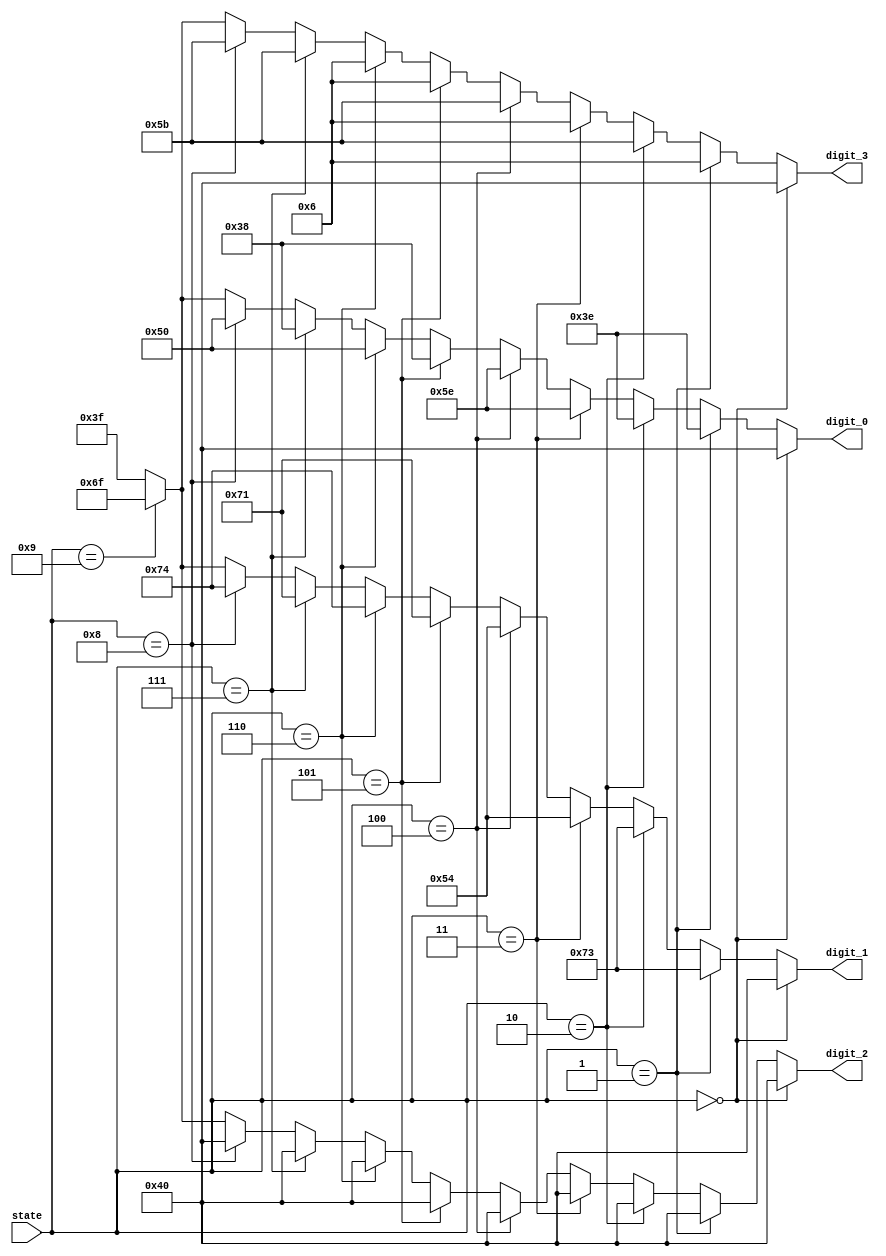
module konamicoder (
  digit_0,
  digit_1,
  digit_2,
  digit_3,
  state
  );

  output [6:0] digit_0;
  output [6:0] digit_1;
  output [6:0] digit_2;
  output [6:0] digit_3;
  input [3:0] state;

  wire [6:0] digit_0;
  wire [6:0] digit_1;
  wire [6:0] digit_2;
  wire [6:0] digit_3;

  // Least-significant bit is segment 'A', most significant is 'G'
  parameter char_u = 7'b0111110;
  parameter char_p = 7'b1110011;
  parameter char_d = 7'b1011110;
  parameter char_n = 7'b1010100;
  parameter char_l = 7'b0111000;
  parameter char_f = 7'b1110001;
  parameter char_r = 7'b1010000;
  parameter char_h = 7'b1110100;
  parameter char_0 = 7'b0111111;
  parameter char_1 = 7'b0000110;
  parameter char_2 = 7'b1011011;
  parameter char_9 = 7'b1101111;
  parameter char_  = 7'b1000000;

  assign digit_0 =
    (state == 4'd0) ? char_ :
    (state == 4'd1) ? char_u :
    (state == 4'd2) ? char_u :
    (state == 4'd3) ? char_d :
    (state == 4'd4) ? char_d :
    (state == 4'd5) ? char_l :
    (state == 4'd6) ? char_r :
    (state == 4'd7) ? char_l :
    (state == 4'd8) ? char_r :
    (state == 4'd9) ? char_9 : char_0;

  assign digit_1 =
    (state == 4'd0) ? char_ :
    (state == 4'd1) ? char_p :
    (state == 4'd2) ? char_p :
    (state == 4'd3) ? char_n :
    (state == 4'd4) ? char_n :
    (state == 4'd5) ? char_f :
    (state == 4'd6) ? char_h :
    (state == 4'd7) ? char_f :
    (state == 4'd8) ? char_h :
    (state == 4'd9) ? char_9 : char_0;

  assign digit_2 =
    (state == 4'd0) ? char_ :
    (state == 4'd1) ? char_ :
    (state == 4'd2) ? char_ :
    (state == 4'd3) ? char_ :
    (state == 4'd4) ? char_ :
    (state == 4'd5) ? char_ :
    (state == 4'd6) ? char_ :
    (state == 4'd7) ? char_ :
    (state == 4'd8) ? char_ :
    (state == 4'd9) ? char_9 : char_0;

  assign digit_3 =
    (state == 4'd0) ? char_ :
    (state == 4'd1) ? char_1 :
    (state == 4'd2) ? char_2 :
    (state == 4'd3) ? char_1 :
    (state == 4'd4) ? char_2 :
    (state == 4'd5) ? char_1 :
    (state == 4'd6) ? char_1 :
    (state == 4'd7) ? char_2 :
    (state == 4'd8) ? char_2 :
    (state == 4'd9) ? char_9 : char_0;

endmodule